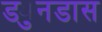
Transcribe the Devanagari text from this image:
ड्युनडास